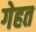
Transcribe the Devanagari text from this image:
गेहत